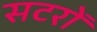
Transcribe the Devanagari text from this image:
सटरों